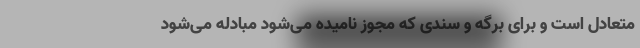
متعادل است و برای برگه‌ و سندی که مجوز نامیده می‌شود مبادله می‌شود